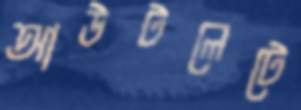
আউটলেটে